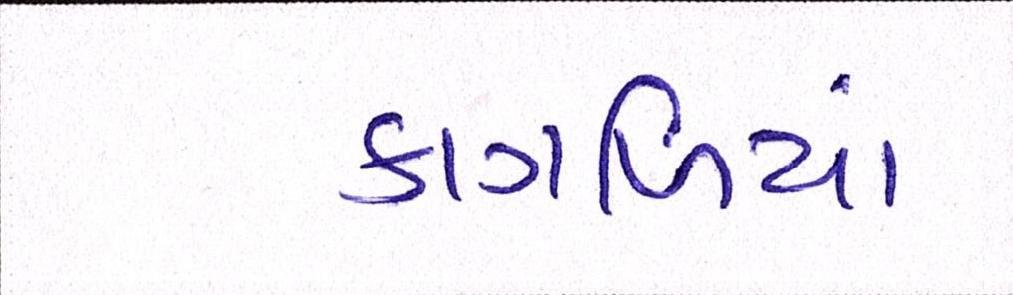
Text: કાગળિયાં